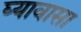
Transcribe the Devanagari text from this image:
घ्यावासा